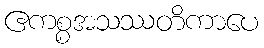
ဧကစ္စအသဿတိကာပေ